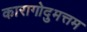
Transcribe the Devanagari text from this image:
कारागोदुमत्तम